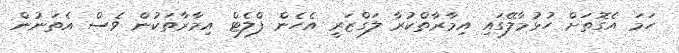
ހަމަ އެގޮތަށް ހުޅުމާލޭގައި އިމާރާތްކުރާ ލަގްޒަރީ އެހެން ފްލެޓް އިމާރާތަކުން ވެސް އެތަނުން